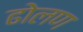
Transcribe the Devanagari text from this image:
ढोलण